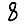
Digit: 8